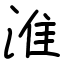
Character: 淮